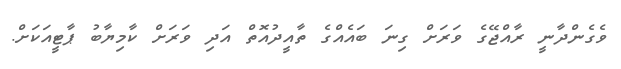
ވެގެންދާނީ ރާއްޖޭގެ ވަރަށް ގިނަ ބައެއްގެ ތާއީދުއޮތް އަދި ވަރަށް ކާމިޔާބު ޕާޓީއަކަށް.